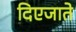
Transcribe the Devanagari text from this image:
दिएजाते